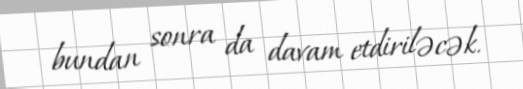
bundan sonra da davam etdiriləcək.